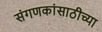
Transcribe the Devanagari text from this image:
संगणकांसाठीच्या